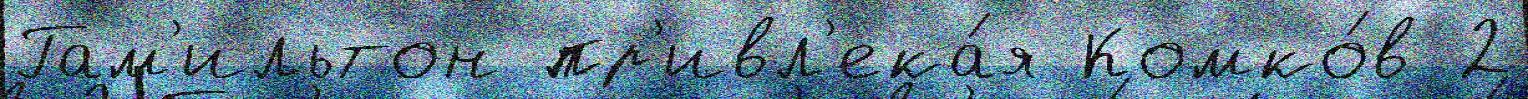
Гам'ильтон пр'ивл'ека́я Комко́в 2